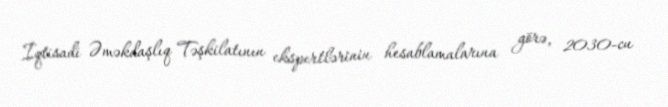
İqtisadi Əməkdaşlıq Təşkilatının ekspertlərinin hesablamalarına görə, 2030-cu